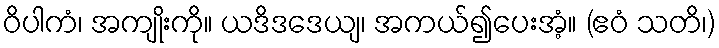
ဝိပါကံ၊ အကျိုးကို။ ယဒိဒဒေယျ၊ အကယ်၍ပေးအံ့။ (ဧဝံ သတိ၊)